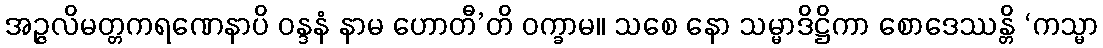
အဉ္ဇလိမတ္တကရဏေနာပိ ဝန္ဒနံ နာမ ဟောတီ’တိ ဝက္ခာမ။ သစေ နော သမ္မာဒိဋ္ဌိကာ စောဒေဿန္တိ ‘ကသ္မာ